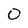
Character: 0